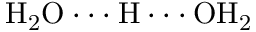
\mathrm { { H _ { 2 } O \cdot \cdot \cdot H \cdot \cdot \cdot O H _ { 2 } } }